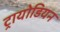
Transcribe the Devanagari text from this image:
ट्रायोडियन